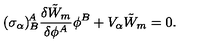
( \sigma _ { \alpha } ) _ { B } ^ { \! A } \frac { \delta \tilde { W } _ { m } } { \delta \phi ^ { A } } \phi ^ { B } + V _ { \alpha } \tilde { W } _ { m } = 0 .